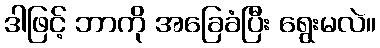
ဒါဖြင့် ဘာကို အခြေခံပြီး ရွေးမလဲ။